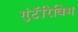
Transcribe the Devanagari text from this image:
गुंटॅरिविभ